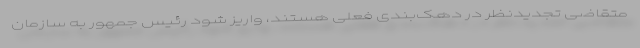
متقاضی تجدیدنظر در دهک‌بندی فعلی هستند، واریز شود رئیس جمهور به سازمان